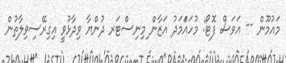
މައުމޫން -- އަވަސް ފޮޓޯ: މުހައްަމަދު އަޒާން ިމިނިސްޓަރ ދުންޔާ ވިދާޅުވީ އިގިރޭސިވިލާތުން